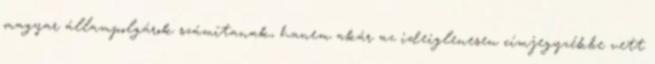
magyar állampolgárok számítanak, hanem akár az ideiglenesen címjegyzékbe vett